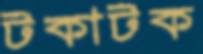
টকাটক